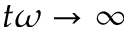
t \omega \rightarrow \infty